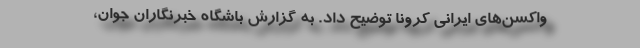
واکسن‌های ایرانی کرونا توضیح داد. به گزارش باشگاه خبرنگاران جوان،